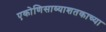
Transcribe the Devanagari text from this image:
एकोणिसाव्याशतकाच्या